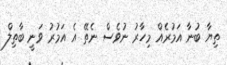
ތިޔާ ބުނާ އަމުރެއް މިހާރު ނުވެސް ނެތޭ އެ އަމުރު ވަނީ ބާތިލް